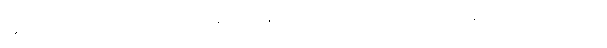
အမည်မသိလူအုပ်စုတစ်စုက ဝိုင်းဝန်းသတ်ဖြတ်ခဲ့တာဖြစ်တယ်လို့ အဲဒီထုတ်ပြန်ချက်မှာ ပါရှိပါတယ်။